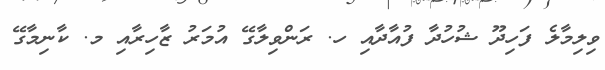
ވިލިމާލެ ފަހިދޫ ޝުހުދާ ފުއާދާއި ހ. ރަންވިލާގޭ އުމަރު ޒާހިރާއި މ. ކާނިމާގޭ